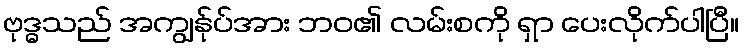
ဗုဒ္ဓသည် အကျွန်ုပ်အား ဘဝ၏ လမ်းစကို ရှာ ပေးလိုက်ပါပြီ။